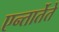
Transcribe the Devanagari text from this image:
एन्तार्तेते